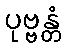
ပုဗ္ဗန္တံ